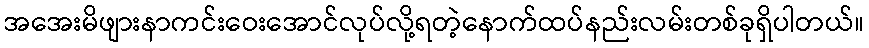
အအေးမိဖျားနာကင်းဝေးအောင်လုပ်လို့ရတဲ့နောက်ထပ်နည်းလမ်းတစ်ခုရှိပါတယ်။